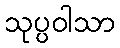
သုပ္ပဝါသာ